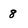
Character: 8